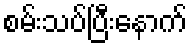
စမ်းသပ်ပြီးနောက်